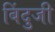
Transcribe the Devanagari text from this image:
बिंदुजी